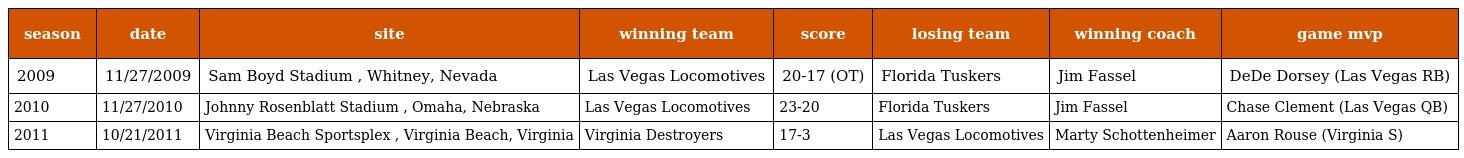
| season | date | site | winning team | score | losing team | winning coach | game mvp |
 | --- | --- | --- | --- | --- | --- | --- | --- |
 | 2009 | 11/27/2009 | Sam Boyd Stadium , Whitney, Nevada | Las Vegas Locomotives | 20-17 (OT) | Florida Tuskers | Jim Fassel | DeDe Dorsey (Las Vegas RB) |
 | 2010 | 11/27/2010 | Johnny Rosenblatt Stadium , Omaha, Nebraska | Las Vegas Locomotives | 23-20 | Florida Tuskers | Jim Fassel | Chase Clement (Las Vegas QB) |
 | 2011 | 10/21/2011 | Virginia Beach Sportsplex , Virginia Beach, Virginia | Virginia Destroyers | 17-3 | Las Vegas Locomotives | Marty Schottenheimer | Aaron Rouse (Virginia S) |